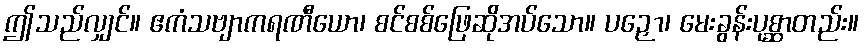
ဤသည်လျှင်။ ဧကံသဗျာကရဏီယော၊ စင်စစ်ဖြေဆိုအပ်သော။ ပဉှော၊ မေးခွန်းပုစ္ဆာတည်း။